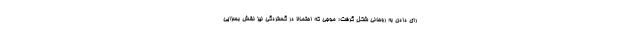
رای دادن به روحانی شکل گرفت؛ موجی که احتمالا در گستردگی نیز نقش بسزایی